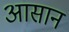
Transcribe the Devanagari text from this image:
अासान